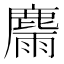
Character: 𪋉